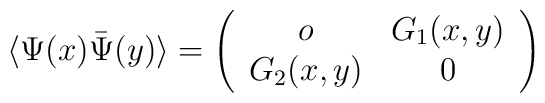
\langle \Psi (x) \bar{\Psi} (y) \rangle = \left( \begin{array}{cc}                                           o & G_1(x,y)\nonumber\\                                    G_2(x,y) & 0                                           \end{array}  \right)